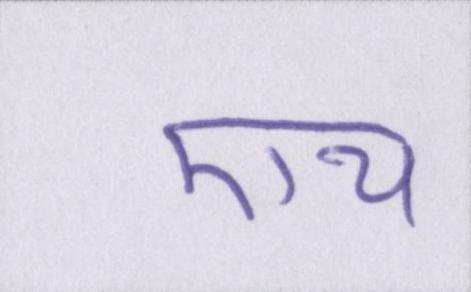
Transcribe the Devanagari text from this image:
एच